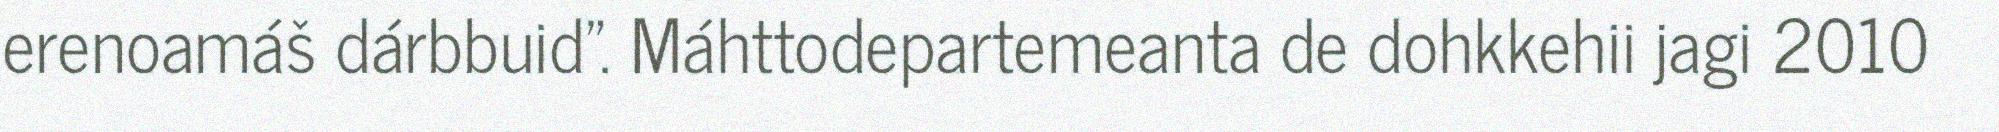
erenoamáš dárbbuid". Máhttodepartemeanta de dohkkehii jagi 2010